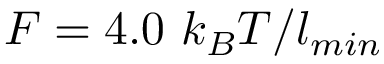
F = 4 . 0 ~ k _ { B } T / l _ { m i n }